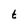
Character: t